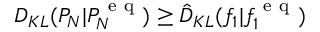
D _ { K L } ( P _ { N } | P _ { N } ^ { \mathrm { ~ e ~ q ~ } } ) \ge \hat { D } _ { K L } ( f _ { 1 } | f _ { 1 } ^ { \mathrm { ~ e ~ q ~ } } )